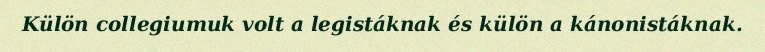
Külön collegiumuk volt a legistáknak és külön a kánonistáknak.